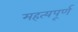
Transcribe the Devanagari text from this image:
महत्यपूर्ण